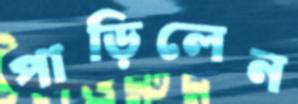
পাড়িলেন